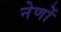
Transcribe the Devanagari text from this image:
नेणों